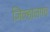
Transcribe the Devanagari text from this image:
जिल्हालगत